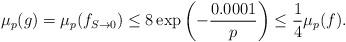
LaTeX: \begin{align*} \mu_p(g) = \mu_p(f_{S \to 0}) \leq 8 \exp \left( -\frac{0.0001}{p} \right) \leq \frac{1}{4}\mu_p(f). \end{align*}